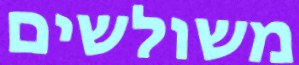
משולשים